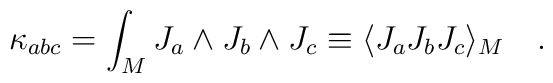
\kappa_{abc} =\int_M J_a \wedge J_b \wedge J_c \equiv \langle J_a J_bJ_c \rangle_M\quad.